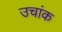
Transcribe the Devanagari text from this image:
उचांक